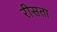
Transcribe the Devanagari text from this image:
रीसता